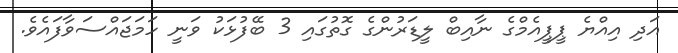
އަދި އިއްޔެ ޕީޕީއެމްގެ ނާއިބް ލީޑަރުންގެ ގޮތުގައި 3 ބޭފުޅަކު ވަނީ ހަމަޖައްސަވާފައެވެ.